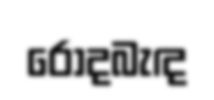
රොදබැඳ